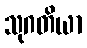
သုဂတိယာ